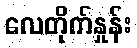
လေတိုက်နှုန်း